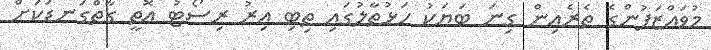
މުވައްޒަފުންގެ ތެރެއިން ގިނަ ބަޔަކު ހަޅުތާލުގައި ތިބި އިރު ރިސޯޓު އޮތީ ގާތްގަނޑަކަށް